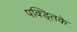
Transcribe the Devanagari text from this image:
पक्ड्तिके